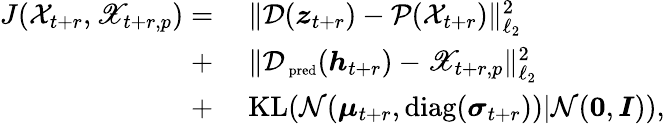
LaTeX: \begin{array}{rl}{J(\mathcal X_{t+r},\mathscr X_{t+r,p})=}&{~\| \mathcal D(\boldsymbol z_{t+r})-\mathcal P(\mathcal X_{t+r})\| _{\ell_{2}}^{2}}\\ {+}&{~\| \mathcal D_{\mathrm{\scriptsize~pred}}(\boldsymbol h_{t+r})-\mathscr X_{t+r,p}\| _{\ell_{2}}^{2}}\\ {+}&{~\mathrm{KL}(\mathcal N(\boldsymbol\mu_{t+r},\mathrm{diag}(\boldsymbol\sigma_{t+r}))|\mathcal N(\boldsymbol 0,\boldsymbol I)),}\end{array}